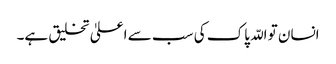
انسان تو اللّہ پاک کی سب سے اعلیٰ تخلیق ہے۔